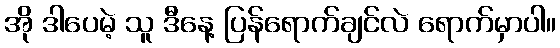
အို ဒါပေမဲ့ သူ ဒီနေ့ ပြန်ရောက်ချင်လဲ ရောက်မှာပါ။